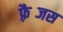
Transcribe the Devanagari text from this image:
फ़्रैब्जस